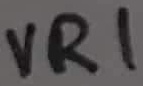
Text: VR1